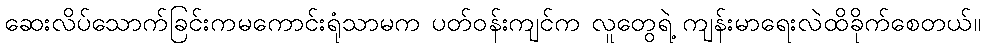
ဆေးလိပ်သောက်ခြင်းကမကောင်းရုံသာမက ပတ်ဝန်းကျင်က လူတွေရဲ့ ကျန်းမာရေးလဲထိခိုက်စေတယ်။